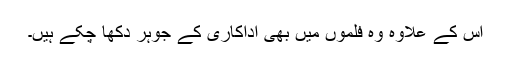
اس کے علاوہ وہ فلموں میں بھی اداکاری کے جوہر دکھا چکے ہیں۔